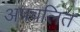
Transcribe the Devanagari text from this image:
अपवलित